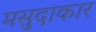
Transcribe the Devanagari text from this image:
मसुदाकार